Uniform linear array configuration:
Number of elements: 48
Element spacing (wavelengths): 0.25
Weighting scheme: blackman
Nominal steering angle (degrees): -15
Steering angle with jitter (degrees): -16.637
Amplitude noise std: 0.05
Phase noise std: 0.05

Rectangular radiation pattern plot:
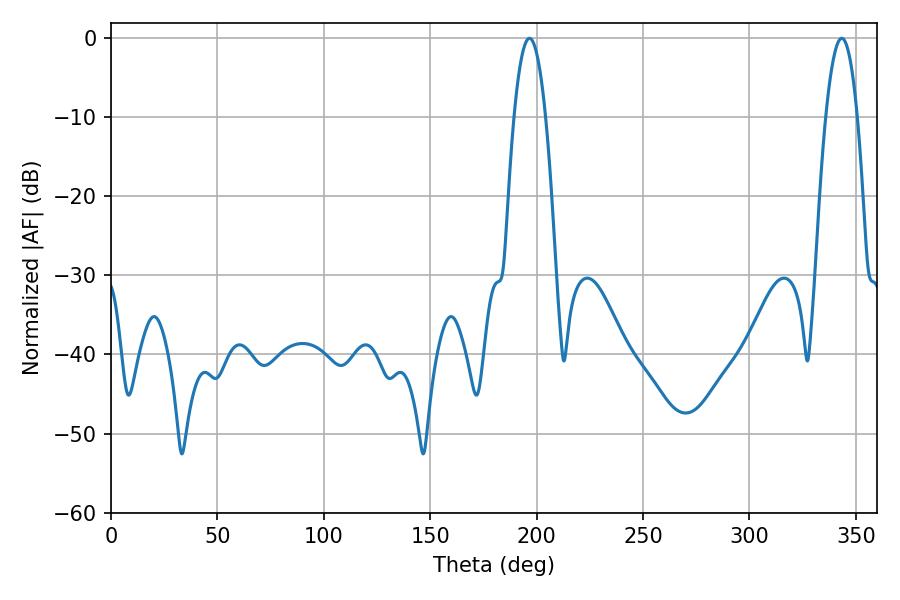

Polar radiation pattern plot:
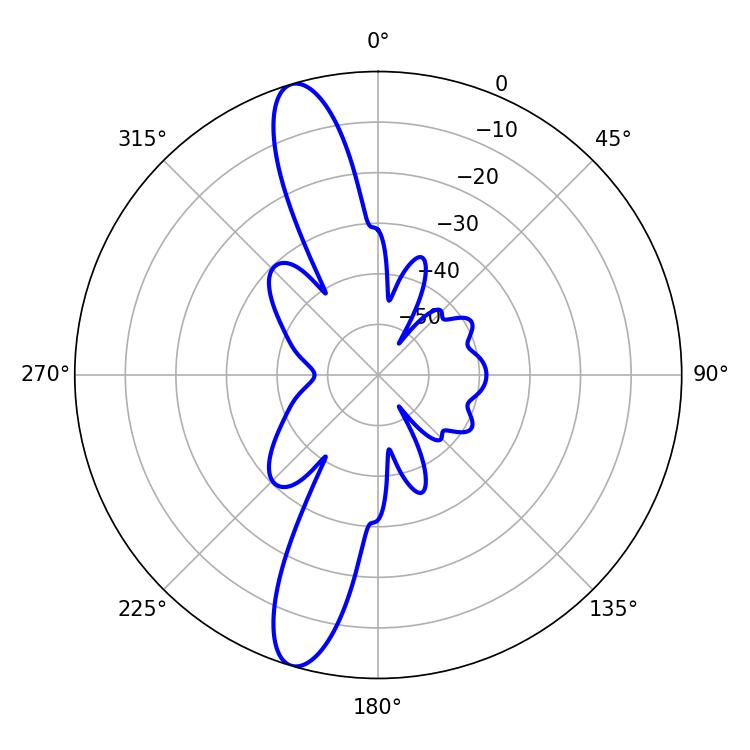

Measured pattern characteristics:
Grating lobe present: FALSE
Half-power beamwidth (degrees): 8.1
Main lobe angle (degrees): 196.56